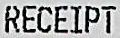
RECEIPT